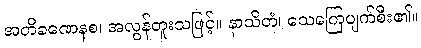
အတိခဏေနစ၊ အလွန်တူးသဖြင့်။ နာသိတံ၊ သေကြေပျက်စီး၏။